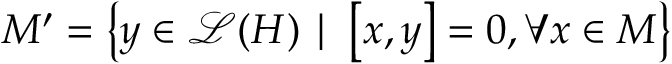
M ^ { \prime } = \left\{ y \in \mathcal { L } ( H ) \mid \, \left[ x , y \right] = 0 , \forall x \in M \right\}